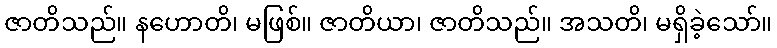
ဇာတိသည်။ နဟောတိ၊ မဖြစ်။ ဇာတိယာ၊ ဇာတိသည်။ အသတိ၊ မရှိခဲ့သော်။